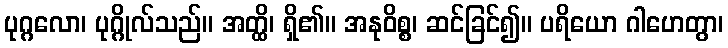
ပုဂ္ဂလော၊ ပုဂ္ဂိုလ်သည်။ အတ္ထိ၊ ရှိ၏။ အနုဝိစ္စ၊ ဆင်ခြင်၍။ ပရိယော ဂါဟေတွာ၊